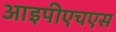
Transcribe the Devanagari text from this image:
आइपीएचएस